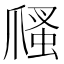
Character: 𤔢